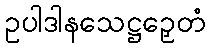
ဥပါဒါနသေဋ္ဌဉှေတံ